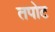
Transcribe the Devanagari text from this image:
तपोट